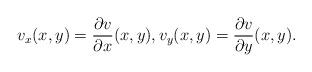
LaTeX: \begin{align*}v_x (x,y) = \frac{\partial v}{\partial x} (x,y), v_y (x,y) = \frac{\partial v}{\partial y} (x,y).\end{align*}